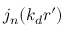
j _ { n } ( k _ { d } r ^ { \prime } )